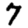
Digit: 7